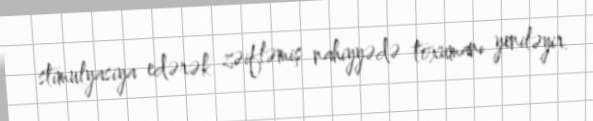
stimulyasiya edərək zəifləmiş nahiyyədə toxumanı yeniləyir.